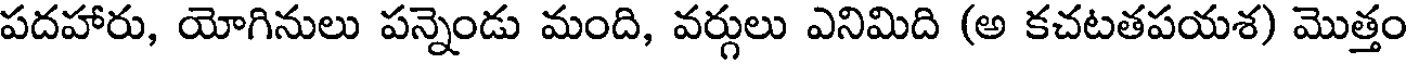
పదహారు, యోగినులు పన్నెండు మంది, వర్గులు ఎనిమిది (అ కచటతపయశ) మొత్తం